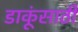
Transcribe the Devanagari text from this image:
डाकूंसाठी